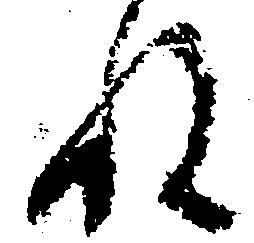
ね